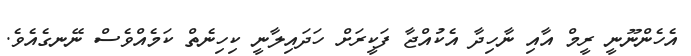
އެހެންނޫނީ ރީމް އާއި ނާހިދާ އެކުއްޖާ ފަކީރަށް ހަދައިލާނީ ކިހިނެތް ކަމެއްވެސް ނޭނގެއެވެ.